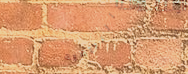
محل بيع الأدوات الرياضية